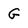
Character: G